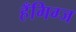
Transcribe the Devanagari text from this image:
हँगिग्ज